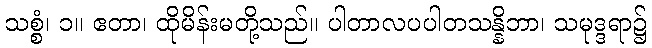
သစ္စံ၊ ၁။ ဧတာ၊ ထိုမိန်းမတို့သည်။ ပါတာလပပါတသန္နိဘာ၊ သမုဒ္ဒရာ၌